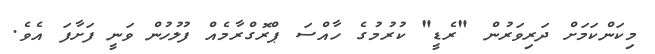
މިކަންކަމަށް ދަރިވަރުން "ރެޑީ" ކުރުމުގެ ހާއްސަ ޕްރޮގްރާމެއް ފުލުހުން ވަނީ ފަށާފަ އެވެ.